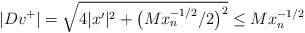
LaTeX: \begin{align*} |Dv^+|=\sqrt{4|x'|^2+\big(M x_n^{-1/2}/2\big)^2}\leq Mx_n^{-1/2} \end{align*}